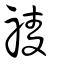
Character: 祾